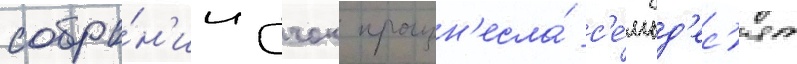
собра́н'ии учок произн'есла́ с'е́мьд'ес'ят